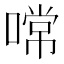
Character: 𠼔